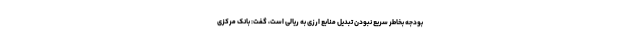
بودجه بخاطر سریع نبودن تبدیل منابع ارزی به ریالی است، گفت: بانک مرکزی